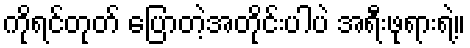
ကိုရင်တုတ် ပြောတဲ့အတိုင်းပါပဲ အရီးဖုရားရဲ့။